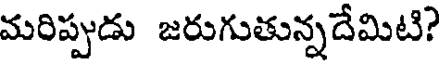
మరిప్పుడు జరుగుతున్నదేమిటి?